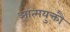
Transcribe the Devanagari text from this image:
आत्मयुक्तौ